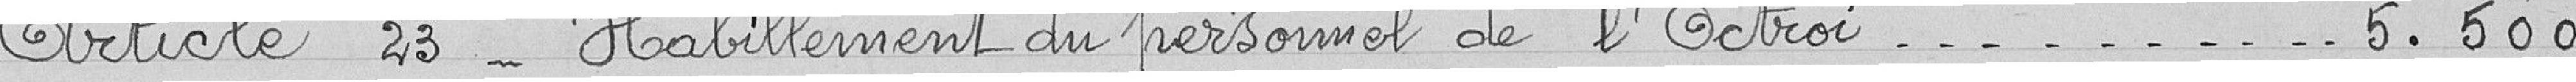
Article 23 - Habillement du personnel de l'Octroi 5.500